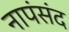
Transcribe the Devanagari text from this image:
नापंसंद